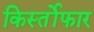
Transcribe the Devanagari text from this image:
किर्स्तोफार